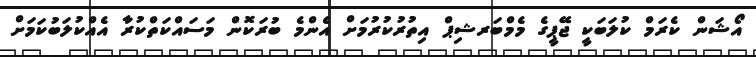
އޯޝަން ކެރަމް ކުލަބަކީ ޖޭޕީގެ މެމްބަރޝިޕް އިތުރުކުރުމަށް އެންމެ ބުރަކޮން މަސައްކަތްކުރާ އެއްކުލަބުކަމަށް